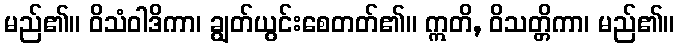
မည်၏။ ဝိသံဝါဒိကာ၊ ချွတ်ယွင်းစေတတ်၏။ ဣတိ, ဝိသတ္တိကာ၊ မည်၏။